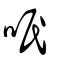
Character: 呡